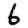
Digit: 6